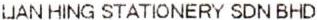
LIAN HING STATIONERY SDN BHD